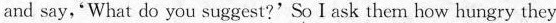
and say,'What do you suggest?'So I ask them how hungry they